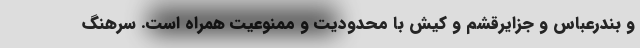
و بندرعباس و جزایرقشم و کیش با محدودیت و ممنوعیت همراه است. سرهنگ